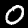
Label: 0